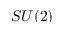
S U ( 2 )